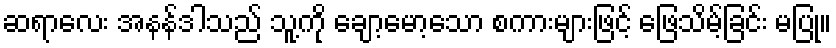
ဆရာလေး အနန်ဒါသည် သူ့ကို ချော့မော့သော စကားများဖြင့် ဖြေသိမ့်ခြင်း မပြု။